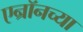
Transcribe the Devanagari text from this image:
एन्रॉनच्या